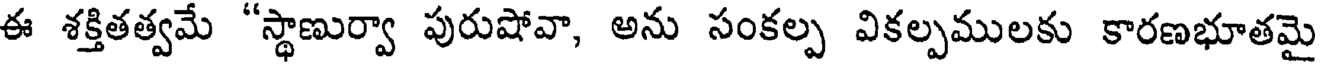
ఈ శక్తితత్వమే "స్థాణుర్వా పురుషోవా, అను సంకల్ప వికల్పములకు కారణభూతమై